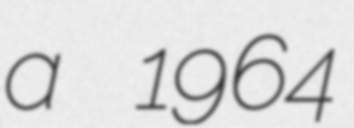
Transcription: a 1964